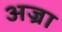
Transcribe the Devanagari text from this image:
अज्रा